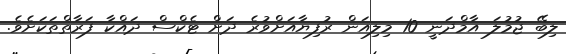
ލިބޭ ޖުމުލަ އާމްދަނީ 10 މިލިއަން ރުފިޔާއަށްވުރެ ދަށް ޓެކްސް ދައްކާ ފަރާތްތަކަށެވެ.